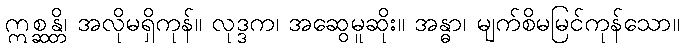
ဣစ္ဆန္တိ၊ အလိုမရှိကုန်။ လုဒ္ဒက၊ အဆွေမူဆိုး။ အန္ဓာ၊ မျက်စိမမြင်ကုန်သော။